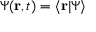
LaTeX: \Psi ( \mathbf { r } , t ) = \langle \mathbf { r } \vert \Psi \rangle